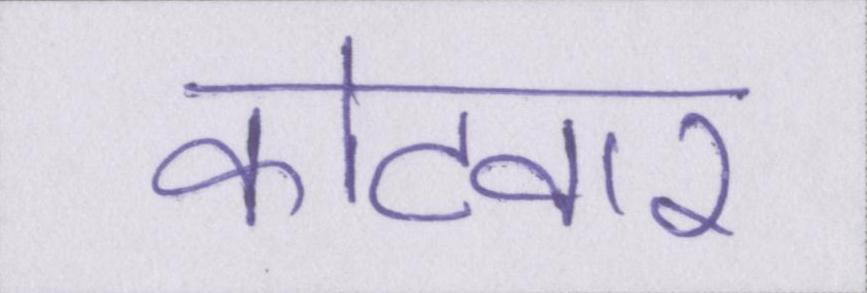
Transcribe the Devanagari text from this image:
कोटवार